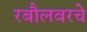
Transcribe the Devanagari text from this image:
रबौलवरचे